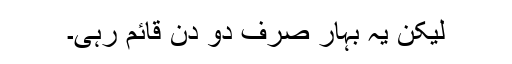
لیکن یہ بہار صرف دو دن قائم رہی۔